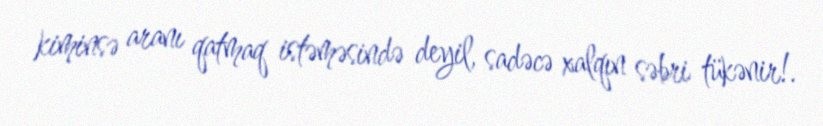
kiminsə aranı qatmaq istəməsində deyil, sadəcə xalqın səbri tükənir!.